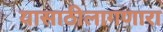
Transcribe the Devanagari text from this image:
यासाठीलागणारा